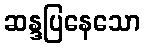
ဆန္ဒပြနေသော